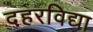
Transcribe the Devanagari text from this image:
दहरविद्या